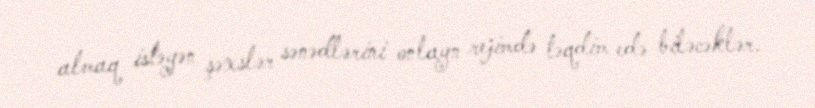
almaq istəyən şəxslər sənədlərini onlayn rejimdə təqdim edə biləcəklər.